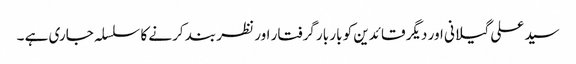
سید علی گیلانی اور دیگر قائدین کو بار بار گرفتار اور نظر بند کرنے کا سلسلہ جاری ہے ۔